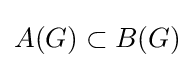
A(G)\subset B(G)